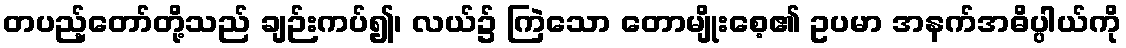
တပည့်တော်တို့သည် ချဉ်းကပ်၍၊ လယ်၌ ကြဲသော တောမျိုးစေ့၏ ဥပမာ အနက်အဓိပ္ပါယ်ကို